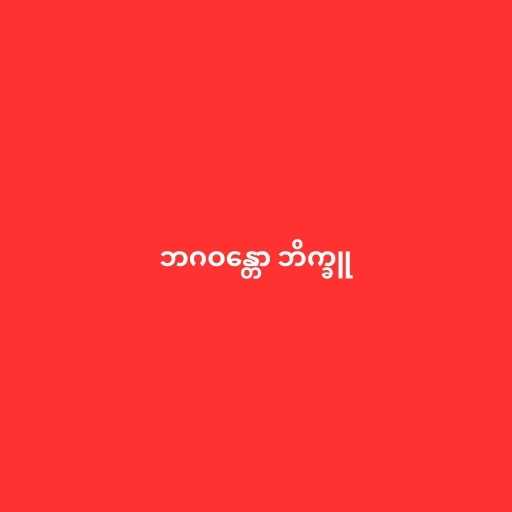
ဘဂဝန္တော ဘိက္ခူ